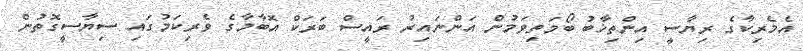
އެމެރިކާގެ ރިޔާސީ އިންތިޚާބު ބޯމަތިވަމުން އަންނައިރު ރައީސް ބަރަކް އޮބާމާގެ ވެރިކަމުގައި ސިޔާސީގޮތުން